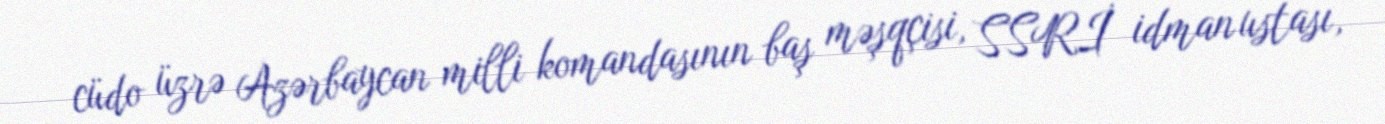
cüdo üzrə Azərbaycan milli komandasının baş məşqçisi, SSRİ idman ustası,